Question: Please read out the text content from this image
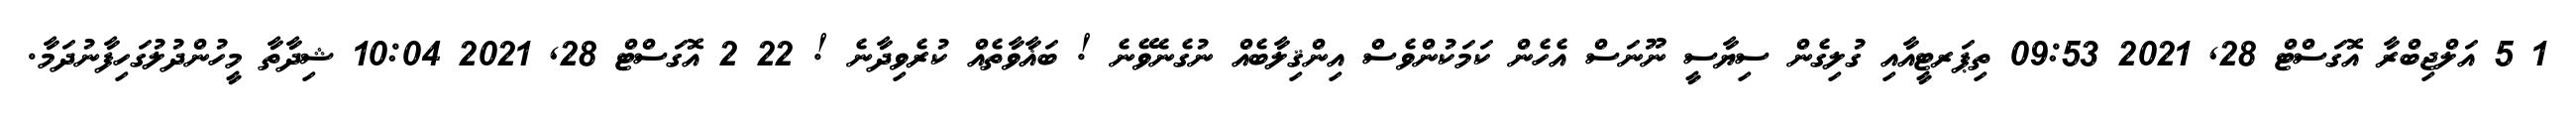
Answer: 1 5 އަލްޖިބްރާ އޮގަސްޓް 28, 2021 09:53 ތިޕަރޓީއާއި ގުލިގެން ސިޔާސީ ނޫނަސް އެހެން ކަމަކުންވެސް އިންޤިލާބެއް ނުގެނެވޭނެ ! ބަޣާވާތެއް ކުރެވިދާނެ ! 22 2 އޮގަސްޓް 28, 2021 10:04 ޝިދާތާ މީހުންދުލުގަހިފާނުދަމާ.